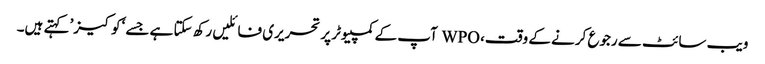
ویب سائٹ سے رجوع کرنے کے وقت، WPO آپ کے کمپیوٹر پر تحریری فائلیں رکھ سکتا ہے جسے ‘کوکیز’ کہتے ہیں۔